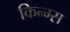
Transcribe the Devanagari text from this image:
किन्ग्स